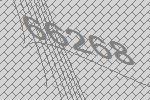
66268